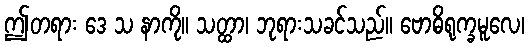
ဤတရား ဒေ သ နာကို။ သတ္ထာ၊ ဘုရားသခင်သည်။ ဗောဓိရုက္ခမူလေ၊